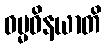
ဓမ္မဝိနယာတိ